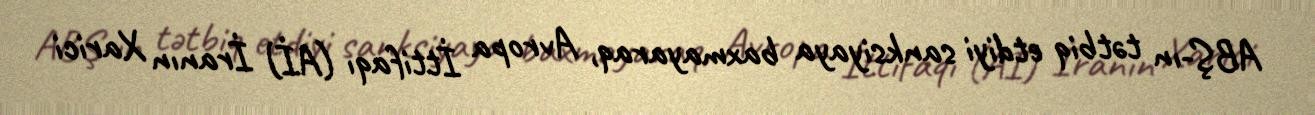
ABŞ-ın tətbiq etdiyi sanksiyaya baxmayaraq, Avropa İttifaqı (Aİ) İranın Xarici